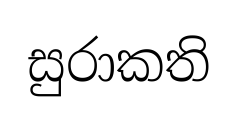
සුරාකති